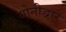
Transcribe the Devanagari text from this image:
योनीद्वारे